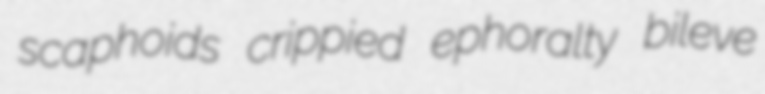
scaphoids crippied ephoralty bileve